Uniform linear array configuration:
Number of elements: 12
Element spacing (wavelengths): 1
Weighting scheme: uniform
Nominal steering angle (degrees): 60
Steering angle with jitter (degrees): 60.995
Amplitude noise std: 0.05
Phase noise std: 0.05

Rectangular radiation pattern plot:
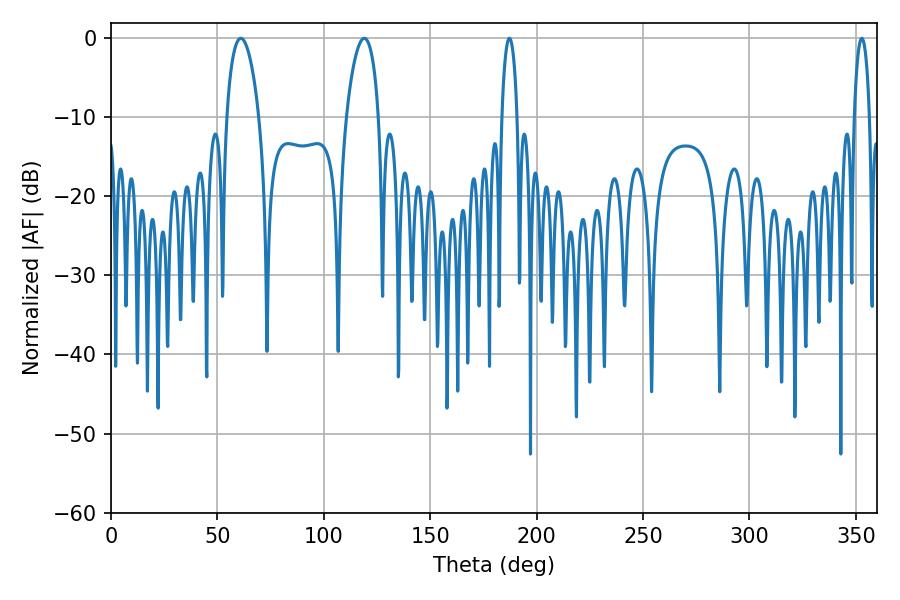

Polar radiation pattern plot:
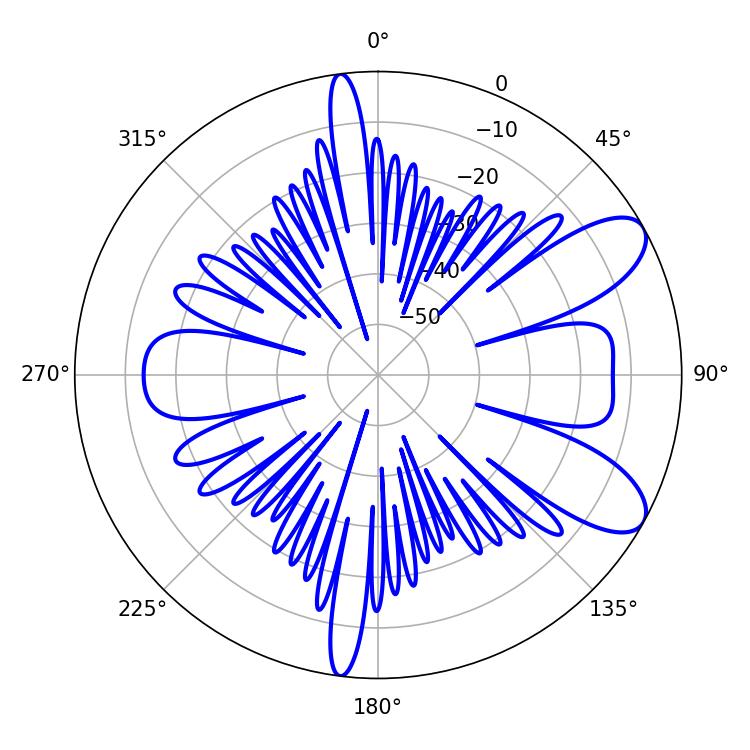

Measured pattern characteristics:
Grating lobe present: TRUE
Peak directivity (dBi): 8.827
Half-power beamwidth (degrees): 3.96
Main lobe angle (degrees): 187.2